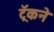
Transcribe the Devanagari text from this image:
ट्रॅकने